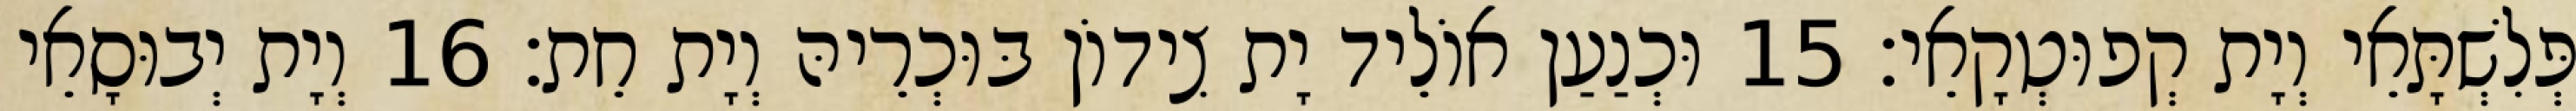
פְּלִשְׁתָּאֵי וְיָת קְפוּטְקָאֵי׃ 15 וּכְנַעַן אוֹלֵיד יָת צִידוֹן בּוּכְרֵיהּ וְיָת חֵת׃ 16 וְיָת יְבוּסָאֵי